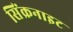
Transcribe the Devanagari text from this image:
सिंक्रनाइट